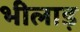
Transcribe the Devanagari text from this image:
भीलाड़